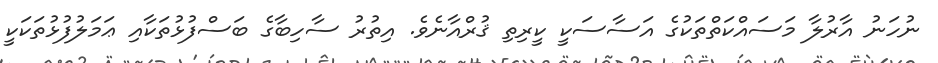
ނުހަނު އާރުލާ މަސައްކަތްތަކުގެ އަސާސަކީ ކީރިތި ޤުރްއާނެވެ. އިތުރު ސާހިބާގެ ބަސްފުޅުތަކާއި ޢަމަލުފުޅުތަކަކީ